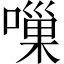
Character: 𠻥